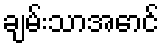
ချမ်းသာအောင်